Report on vaccination in Madras 1904-1921 - 1904-1921
Year: 1904
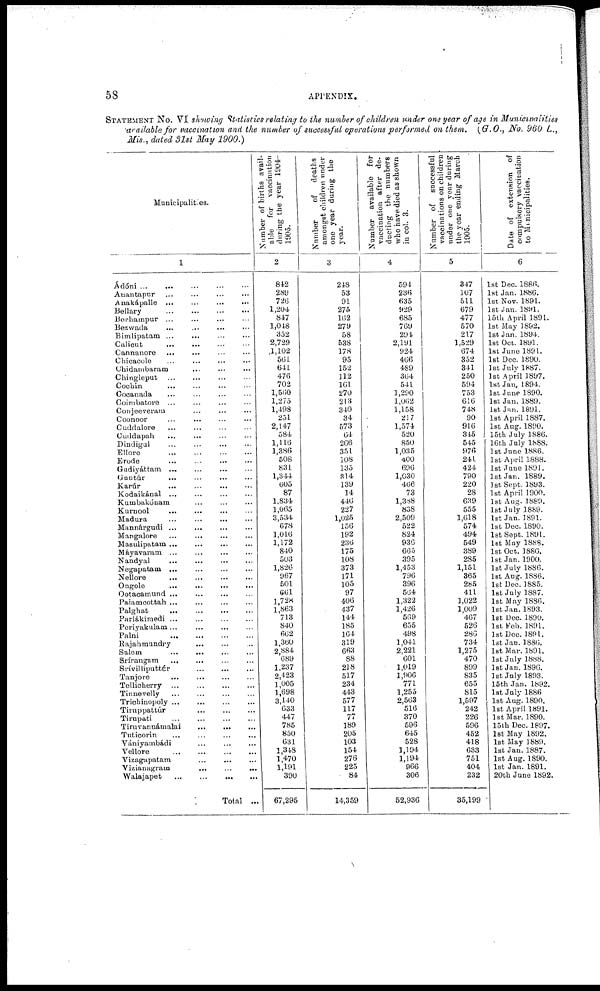
58
APPENDIX.
STATEMENT NO. VI showing Statistics relating to the number of children under one year of age in Municipalities
available for vaccination and the number of successful operations performed on them. (G.O., No. 960 L.,
Mis., dated 31st May 1900.)
Municipalities.
1
Àdóni ...
... ... ... ...
Anantapur
...
...
...
...
Anakápalle ...
...
...
...
Bellary
...
...
...
...
Berhampur ... ... ... ...
Bezwada ... ... ... ...
Bimlipatam ... ... ... ...
Calicut
...
... ... ...
Cannanore ... ... ... ...
Chicacole
...
...
...
...
Chidambaram ... ... ...
Chingleput ... ... ...
Cochin ... ... ... ...
Cocanada ... ... ... ...
Coimbatore ... ... ... ...
Conjeeveram ... ... ...
Coonoor ... ... ... ...
Cuddalore
...
...
...
...
Cuddapah
...
...
...
...
Dindigul ... ... ... ...
Ellore
...
...
...
...
Erode
... ... ... ...
Gudiyáttam
...
...
...
...
Guntúr ... ... ... ...
Karúr
...
...
... ...
Kodaikánal
...
...
...
...
Kumbakónam ... ... ...
Kurnool ... ... ... ...
Madura
...
...
... ...
Mannárgudi ... ... ... ...
Mangalore ... ... ... ...
Masulipatam ... ... ... ...
Máyavaram ... ... ... ...
Nandyal
...
...
...
...
Negapatam
...
...
...
...
Nellore
...
...
...
...
Ongole
...
...
...
...
Ootaoamund
...
...
...
...
Palamcottah ... ... ... ...
Palghat
...
...
...
...
Parlákimedi
...
...
...
...
Periyakulam
...
...
...
...
Palni
...
...
...
...
Rajahmundry ... ... ...
Salem
...
... ... ...
Srírangam
... ... ... ...
Srívilliputtúr
...
...
...
Tanjore
...
...
...
...
Tellicherry ... ... ... ...
Tinnevelly
...
...
...
...
Trichinopoly
...
...
...
...
Tiruppattúr ... ... ...
Tirupati
...
...
...
...
Tiruvannámalai
...
... ...
Tuticorin
...
...
...
...
Vániyainbádi ... ... ...
Vellore ... ... ... ...
Vizagapatam ... ... ...
Vizianagram
...
...
...
Walajapet
...
...
...
...
Total ...
Number of births avail-
able for vaccination
during the year 1904¬
1905.
2
842
289
726
1,204
847
1,048
352
2,729
1,102
561
641
476
702
1,560
1,275
1,498
251
2,147
584
1,116
1,386
508
831
1,344
605
87
1,834
1,065
3,534
678
1,016
1,172
840
503
1,826
967
501
661
1,728
1,863
713
840
662
1,360
2,884
689
1,237
2,423
1,005
1,698
3,140
633
447
785
850
631
1,348
1,470
1,191
390
67,295
Number of
deaths
amongst children under
one year during the
year.
3
248
53
91
275
162
279
58
538
178
95
152
112
161
270
213
340
34
573
64
266
351
108
135
314
139
14
446
227
1,025
156
192
236
175
108
373
171
105
97
406
437
144
185
164
319
663
88
218
517
234
443
577
117
77
189
205
103
154
276
225
84
14,359
Number available for
vaccination after de-
ducting the numbers
who have died as shown
in col. 3.
4
594
236
635
929
685
769
294
2,191
924
466
489
364
541
1,290
1,062
1,158
217
1,574
520
850
1,035
400
696
1,630
466
73
1,338
838
2,509
522
824
936
665
395
1,453
796
396
564
1,322
1,426
569
655
498
1,041
2,221
601
1,019
1,906
771
1,255
2,563
516
370
596
645
528
1,194
1,194
966
306
52,936
Number of
successful
vaccinations on children
under one year during
the year ending March
1905.
5
347
107
511
679
477
570
217
1,529
674
352
341
250
594
753
616
748
90
916
345
545
976
241
424
790
220
28
639
555
1,618
574
494
549
389
285
1,151
365
285
411
1,022
1,009
467
526
286
734
1,275
470
899
835
655
815
1,597
242
226
596
452
418
633
751
404
232
35,199
Date of extension of
compulsory vaccination
to Municipalities.
6
1st Dec. 1886.
1st Jan. 1886.
1st Nov. 1891.
1st Jan. 1891.
15t.h April 1891.
1st May 1892.
1st Jan. 1894.
1st Oct. 1891.
1st June 1891.
1st Dec. 1890.
1st July 1887.
1st April 1897.
1st Jan 1894.
1st June 1890.
1st Jan. 1889.
1st Jan. 1891.
1st April 1887.
1st Aug. 1890.
15th July 1886.
16th July 1888.
1st June 1886.
1st April 1888.
1st June 1891.
1st Jan. 1889.
1st Sept. 1893.
1st April 1900.
1st Aug. 1889.
1st July 1889.
1st Jan.1891.
1st Dec. 1890.
1st Sept. 1891.
1st May 1888.
1st Oct. 1886.
1st Jan. 1900.
1st July 1886.
1st Aug. 1886.
1st Dec. 1885.
1st July 1887.
1st May 1886.
1st Jan.1893.
1st Dec. 1890.
1st Feb. 1891.
1st Dec. 1891.
1st Jan. 1886.
1st Mar. 1891.
1st July 1888.
1st Jan.1896.
1st July 1893.
15th Jan. 1892.
1st July 1886
1st Aug. 1890.
1st April 1891.
1st Mar. 1890.
15th Dec. 1897.
1st May. 1892.
1st May. 1889.
1st Jan. 1887.
1st Aug. 1890.
1st Jan. 1891.
20th June 1892.